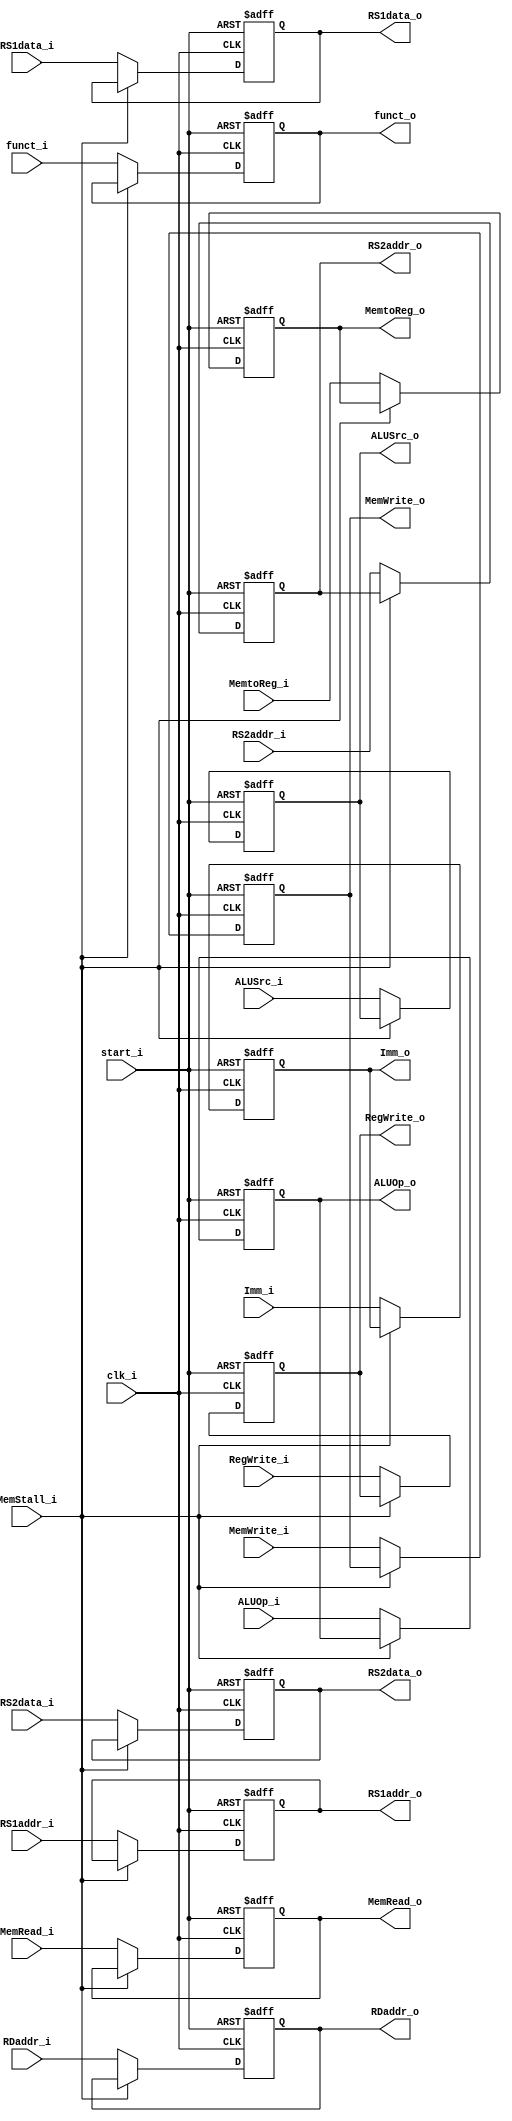
module ID_EX
(
    clk_i,
    start_i,
    MemStall_i,
    RegWrite_i,
    MemtoReg_i,
    MemRead_i,
	MemWrite_i,
    ALUOp_i,
    ALUSrc_i,
    RS1data_i,
    RS2data_i,
    Imm_i,
    funct_i,
    RS1addr_i,
    RS2addr_i,
    RDaddr_i,
    RegWrite_o,
    MemtoReg_o,
    MemRead_o,
	MemWrite_o,
    ALUOp_o,
    ALUSrc_o,
    RS1data_o,
    RS2data_o,
    Imm_o,
    funct_o,
    RS1addr_o,
    RS2addr_o,
    RDaddr_o   
);

input           clk_i;
input           start_i;
input           MemStall_i;
input           RegWrite_i, MemtoReg_i, MemRead_i, MemWrite_i, ALUSrc_i;
input [1:0]     ALUOp_i;
input [4:0]     RS1addr_i, RS2addr_i, RDaddr_i;
input [31:0]    RS1data_i, RS2data_i;
input [31:0]    Imm_i;
input [9:0]     funct_i;
output reg      RegWrite_o, MemtoReg_o, MemRead_o, MemWrite_o, ALUSrc_o;
output [1:0]    ALUOp_o;
reg    [1:0]    ALUOp_o;
output [4:0]    RS1addr_o, RS2addr_o, RDaddr_o;
reg    [4:0]    RS1addr_o, RS2addr_o, RDaddr_o;
output [31:0]   RS1data_o, RS2data_o;
reg    [31:0]   RS1data_o, RS2data_o;
output [31:0]   Imm_o;
reg    [31:0]   Imm_o;
output [9:0]    funct_o;
reg    [9:0]    funct_o;


always @(posedge clk_i or negedge start_i) begin
    if (!start_i)   begin
        RegWrite_o <= 1'b0;
        MemtoReg_o <= 1'b0;
        MemRead_o <= 1'b0;
        MemWrite_o <= 1'b0;
        ALUSrc_o <= 1'b0;
        ALUOp_o <= 2'b0;
        RS1addr_o <= 5'b0;
        RS2addr_o <= 5'b0;
        RDaddr_o <= 5'b0;
        RS1data_o <= 32'b0;
        RS2data_o <= 32'b0;
        Imm_o <= 32'b0;
        funct_o <= 10'b0;
    end
    else if (!MemStall_i) begin
        RegWrite_o <= RegWrite_i;
        MemtoReg_o <= MemtoReg_i;
        MemRead_o <= MemRead_i;
        MemWrite_o <= MemWrite_i;
        ALUSrc_o <= ALUSrc_i;
        ALUOp_o <= ALUOp_i;
        RS1addr_o <= RS1addr_i;
        RS2addr_o <= RS2addr_i;
        RDaddr_o <= RDaddr_i;
        RS1data_o <= RS1data_i;
        RS2data_o <= RS2data_i;
        Imm_o <= Imm_i;
        funct_o <= funct_i; 
    end
end

endmodule